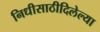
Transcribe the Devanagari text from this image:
निधीसाठीदिलेल्या